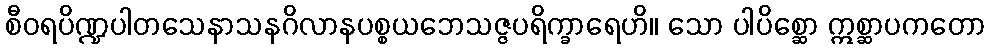
စီဝရပိဏ္ဍပါတသေနာသနဂိလာနပစ္စယဘေသဇ္ဇပရိက္ခာရေဟိ။ သော ပါပိစ္ဆော ဣစ္ဆာပကတော